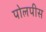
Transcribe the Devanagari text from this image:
पोलपीस